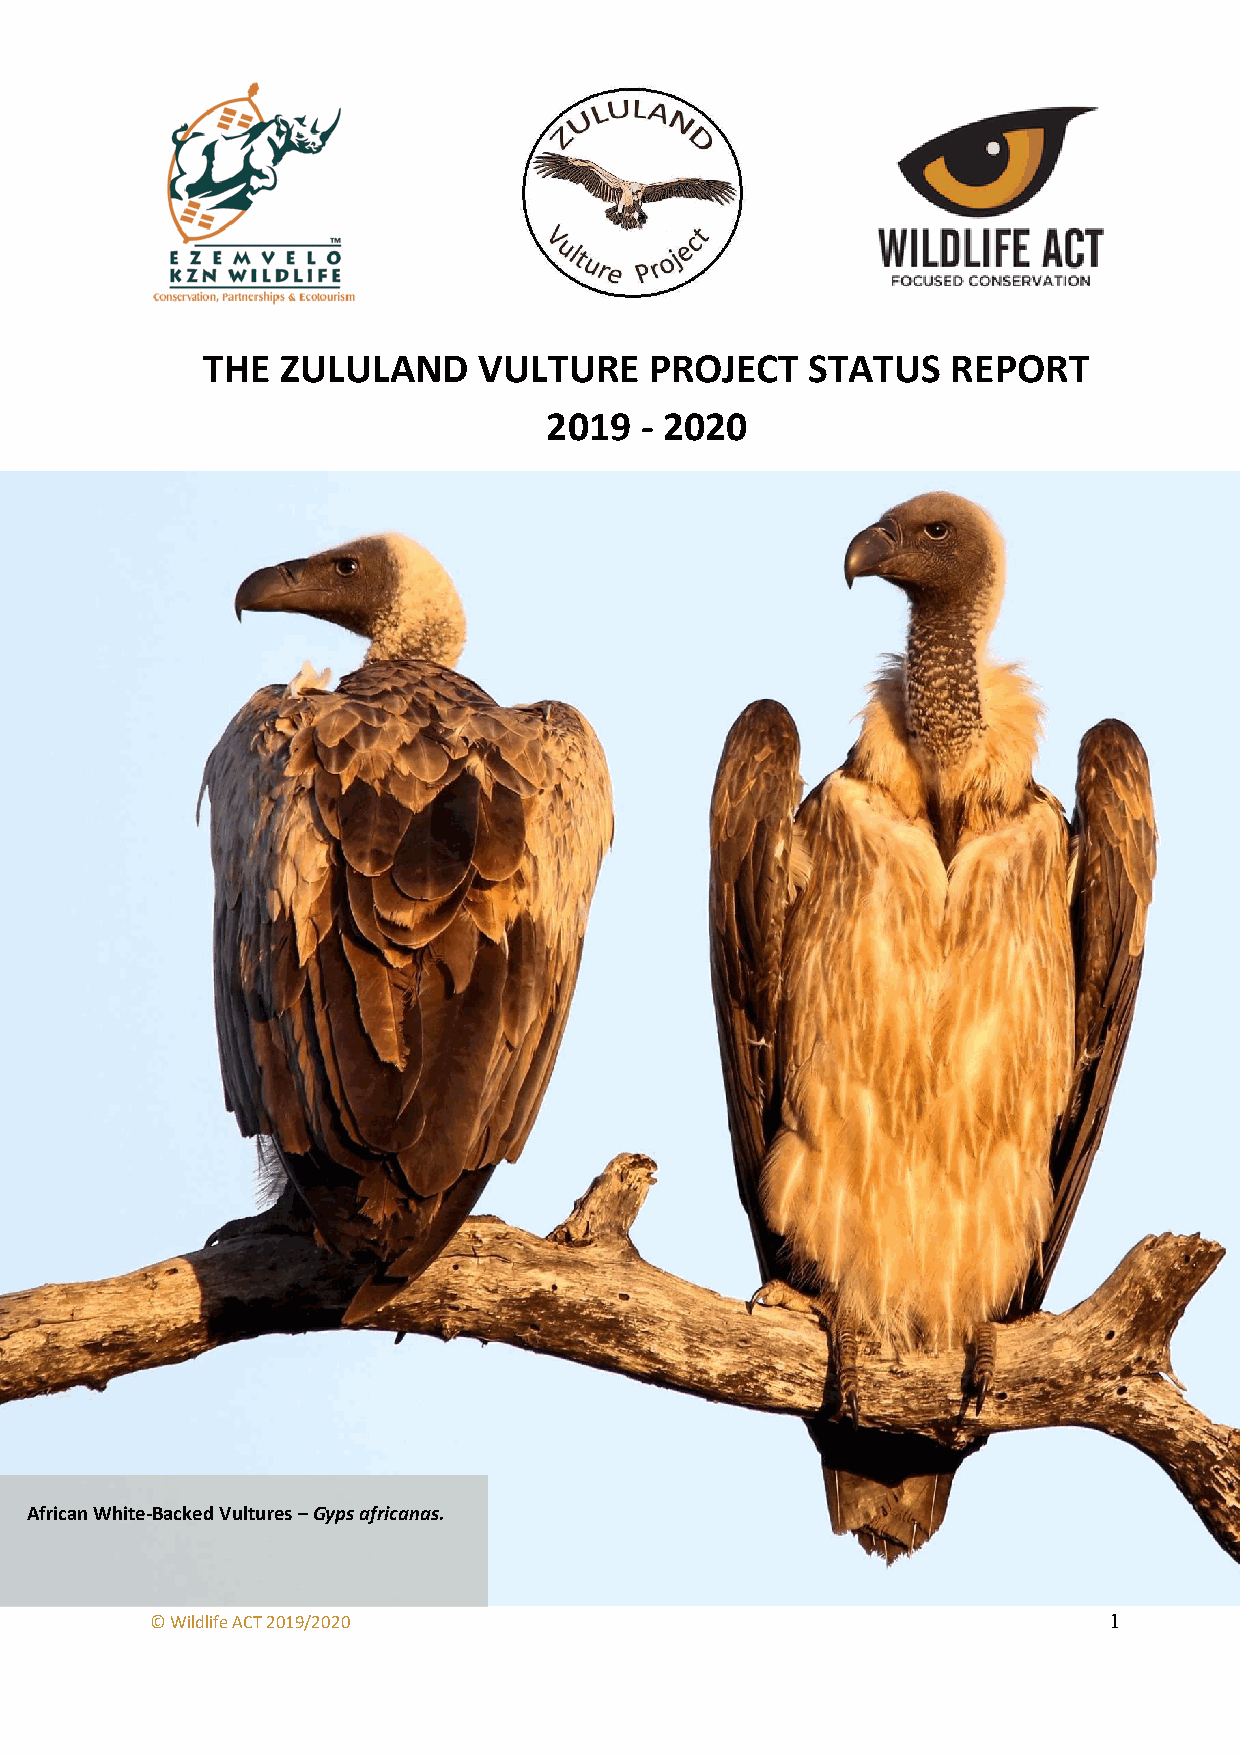
THE   ZULULAND     VULTURE    PROJECT    STATUS   REPORT
 2019  - 2020
 African White-Backed Vultures – Gyps africanas.
 © Wildlife ACT 2019/2020                                       1